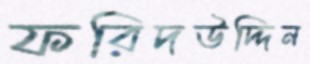
ফরিদউদ্দিন